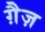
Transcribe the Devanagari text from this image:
ग़ैज़